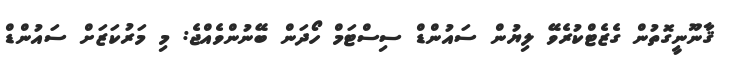
ޤާނޫނީގޮތުން ގެޒެޓްކުރެވޭ ލިޔުން ސައުންޑް ސިސްޓަމް ހޯދަން ބޭނުންވެއްޖެ: މި މަރުކަޒަށް ސައުންޑް